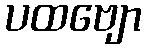
ပထဗျော